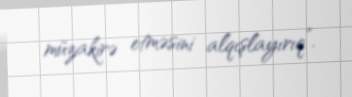
müzakirə etməsini alqışlayırıq”.